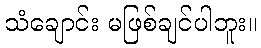
သံချောင်း မဖြစ်ချင်ပါဘူး။